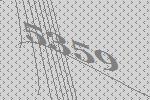
5359